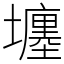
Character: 㙻